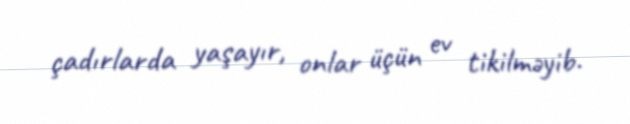
çadırlarda yaşayır, onlar üçün ev tikilməyib.